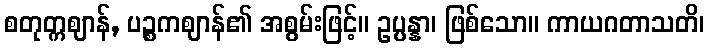
စတုတ္ကဈာန်, ပဉ္စကဈာန်၏ အစွမ်းဖြင့်။ ဥပ္ပန္နာ၊ ဖြစ်သော။ ကာယဂတာသတိ၊